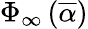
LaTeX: \Phi_{\infty}\left(\overline{{\alpha}}\right)